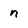
Character: n